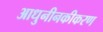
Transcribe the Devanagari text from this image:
आधुनीनकीकरण